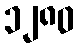
၁၂၈၀